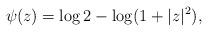
LaTeX: \begin{align*}\psi(z)= \log 2 -\log(1+|z|^2),\end{align*}